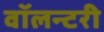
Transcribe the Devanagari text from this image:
वॉलन्टरी